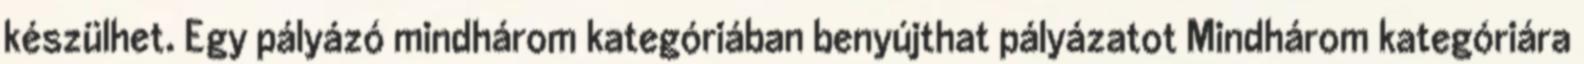
készülhet. Egy pályázó mindhárom kategóriában benyújthat pályázatot Mindhárom kategóriára